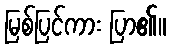
မြစ်ပြင်ကား ပြာ၏။